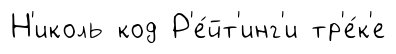
Н'иколь код Р'е́йт'инг'и тр'е́к'е